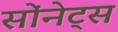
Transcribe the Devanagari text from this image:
सोंनेट्स